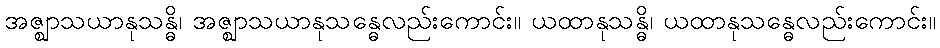
အဇ္ဈာသယာနုသန္ဓိ၊ အဇ္ဈာသယာနုသန္ဓေလည်းကောင်း။ ယထာနုသန္ဓိ၊ ယထာနုသန္ဓေလည်းကောင်း။